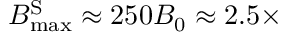
{ B } _ { \mathrm { m a x } } ^ { \mathrm { S } } \approx 2 5 0 B _ { 0 } \approx 2 . 5 \times